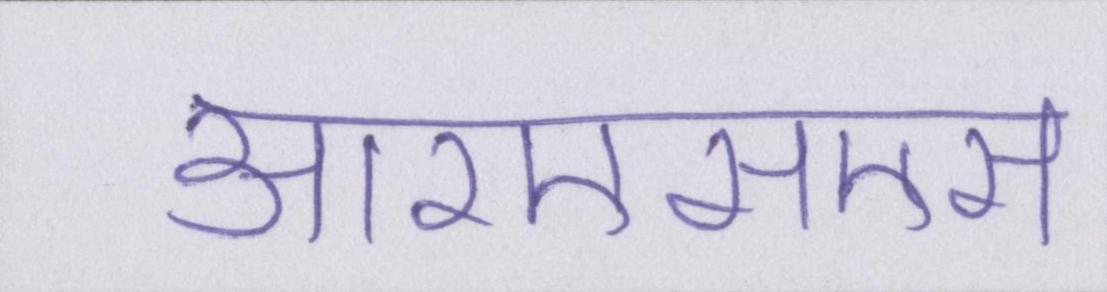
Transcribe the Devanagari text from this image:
आरएसएस